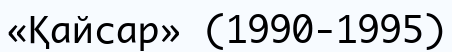
«Қайсар» (1990-1995)